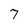
Character: 7